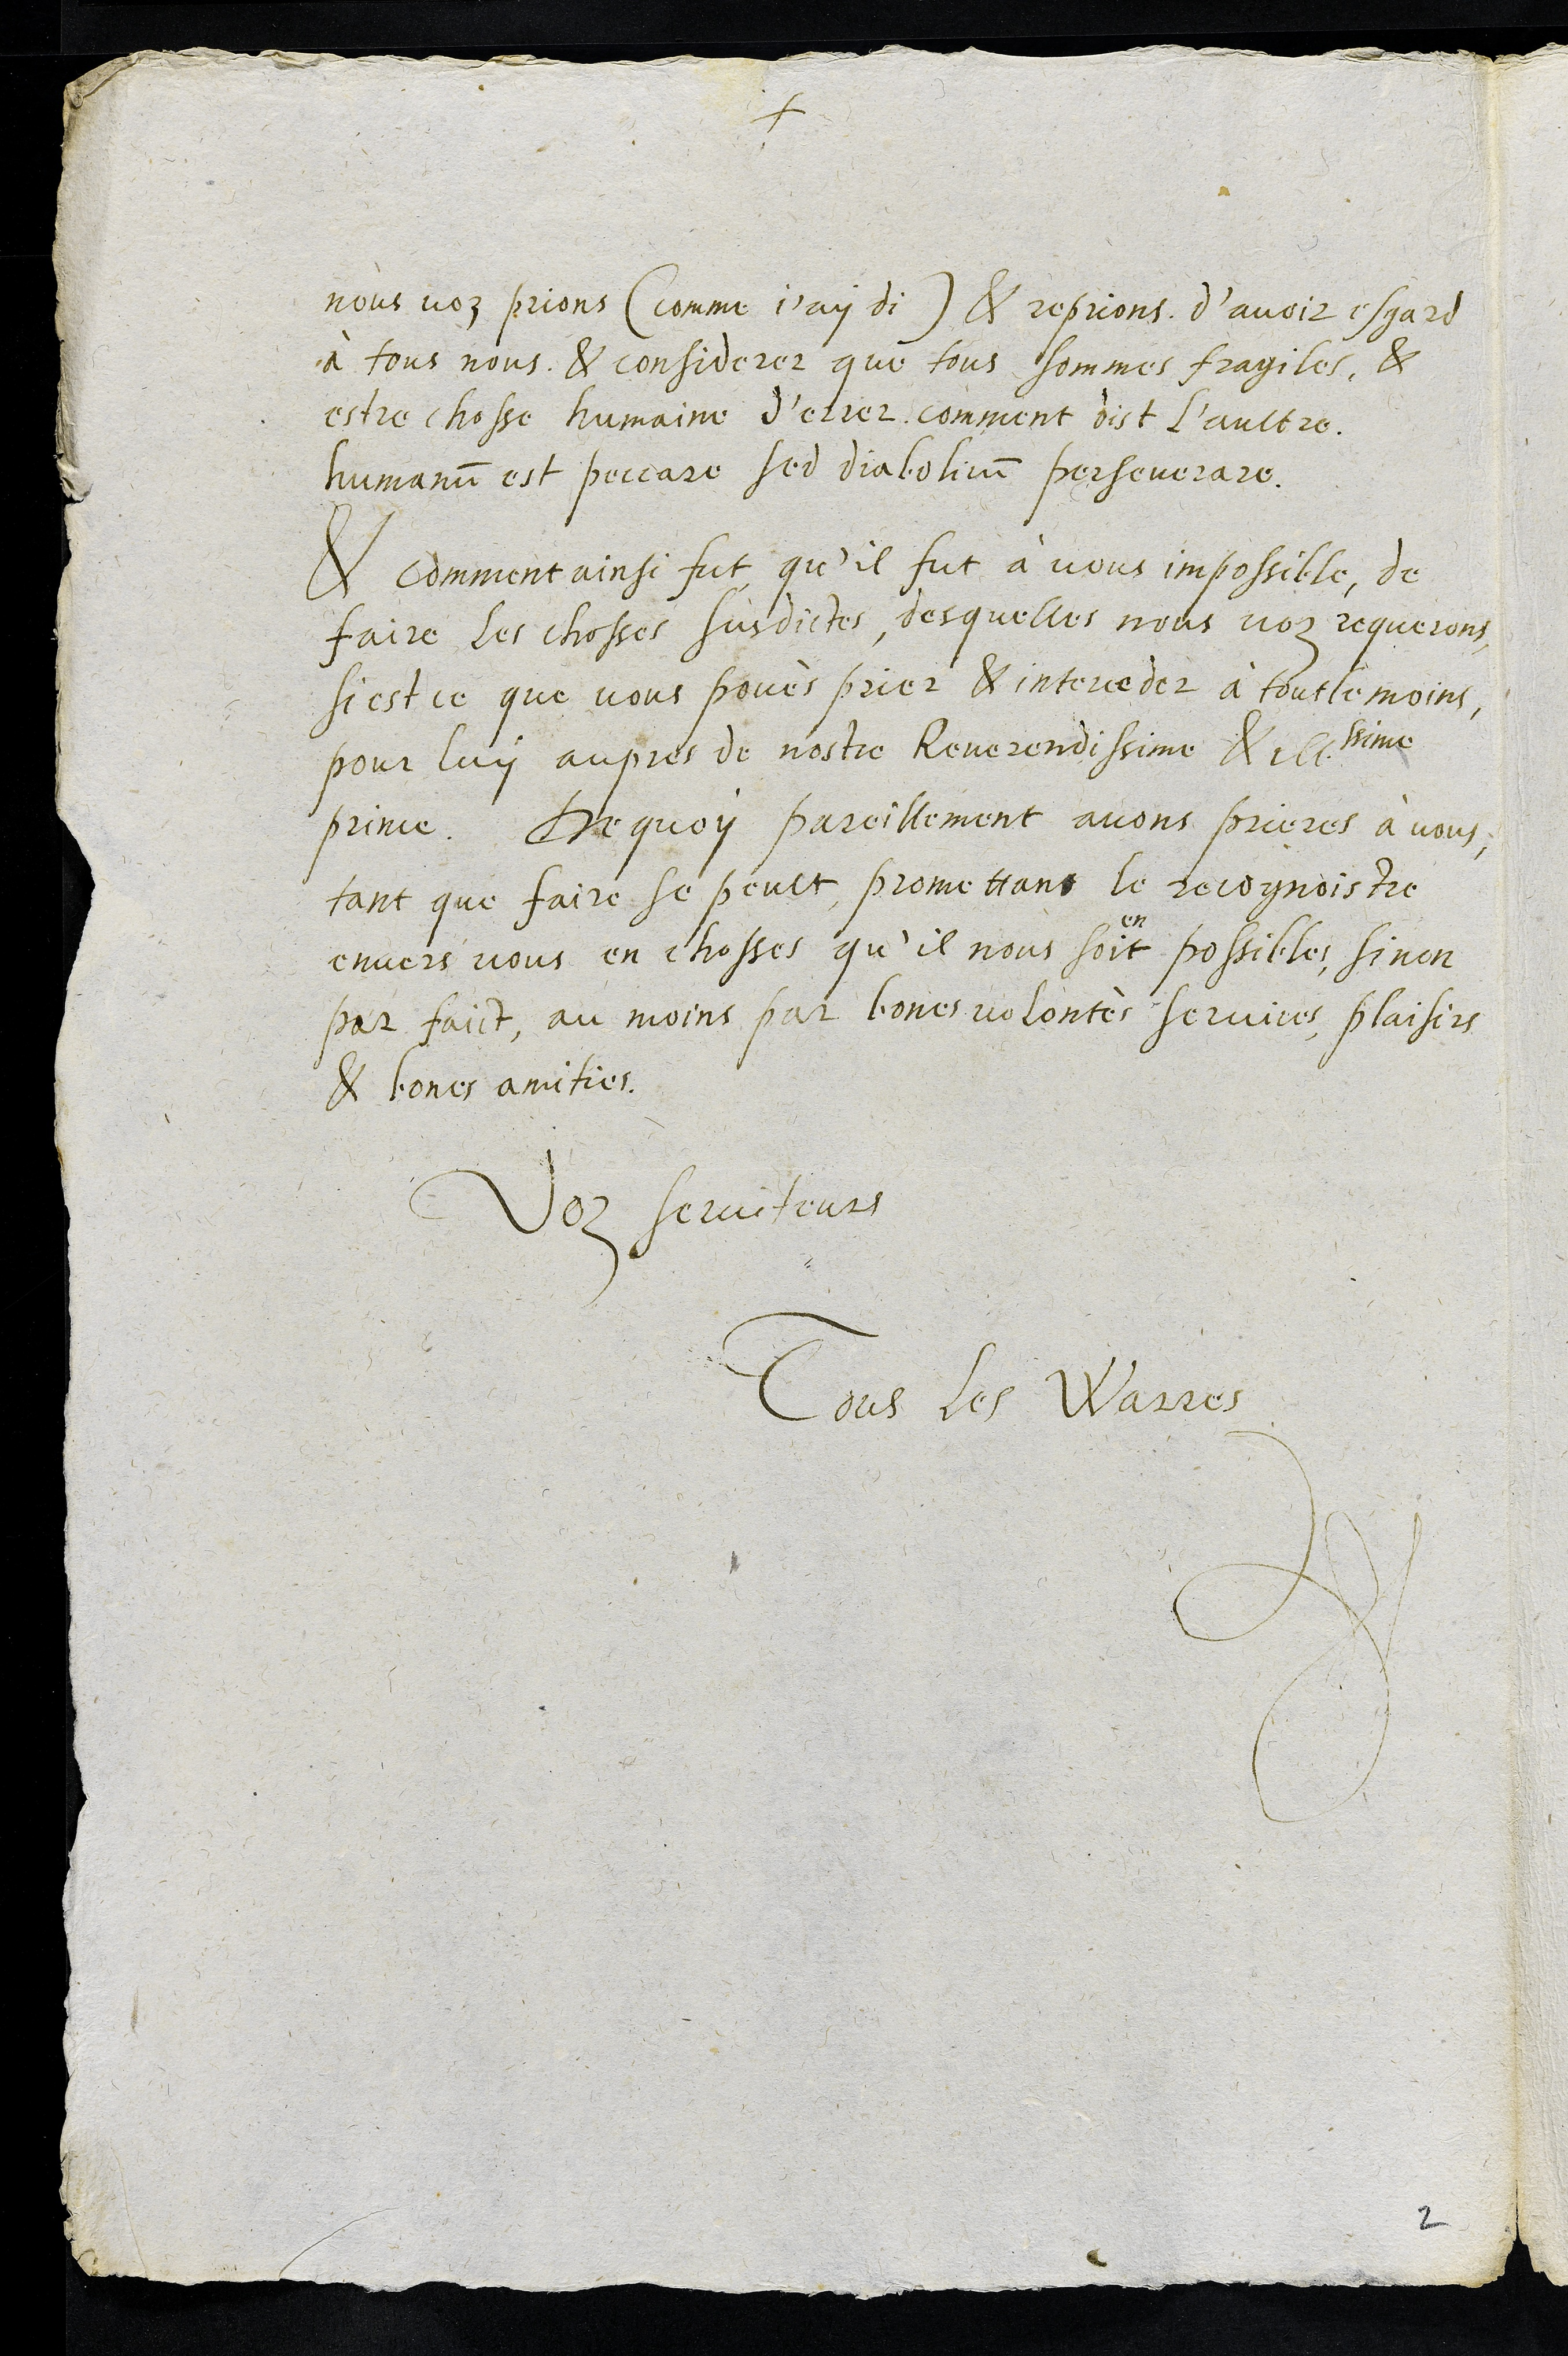
+
nous voz prions (comme j'ay di) & reprions d’avoir esgard
à tous nous & considerer que tous hommes fragiles, &
estre chosse humaine d'errer comment dist l’aultre,
humanum est peccare sed diabolicum perseverare.
& comment ainsi fut qu’il fut à vous impossible, de
faire les chosses susdictes, desquelles nous voz requerons
si est ce que vous povés prier & interceder à tout le moins
pour luy aupres de nostre Reverendissime & illssime
prince. De quoy pareillement avons prieres à vous,
tant que faire se peult, promettant le recognoistre
envers vous en chosses qu’il nous soient possibles, sinon
par faict, au moins par bones volontés services, plaisirs
& bones amities
Voz serviteurs
Tous les Warres
2